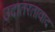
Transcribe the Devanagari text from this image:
उदातरतावाद